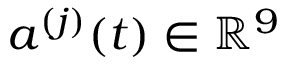
a ^ { ( j ) } ( t ) \in \mathbb { R } ^ { 9 }